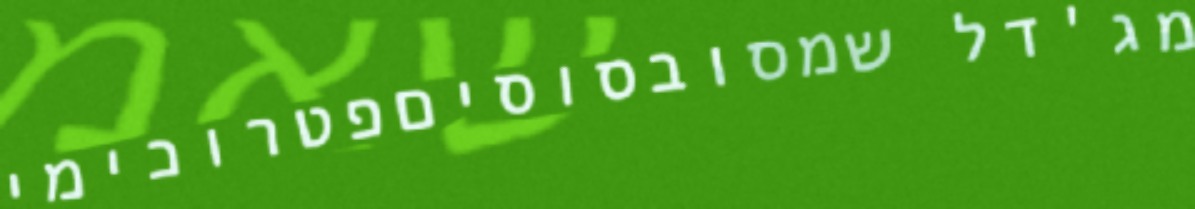
מג'דל שמסובסוסיםפטרוכימי